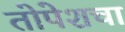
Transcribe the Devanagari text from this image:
तोपेशचा